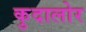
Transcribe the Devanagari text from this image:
कुदालोर